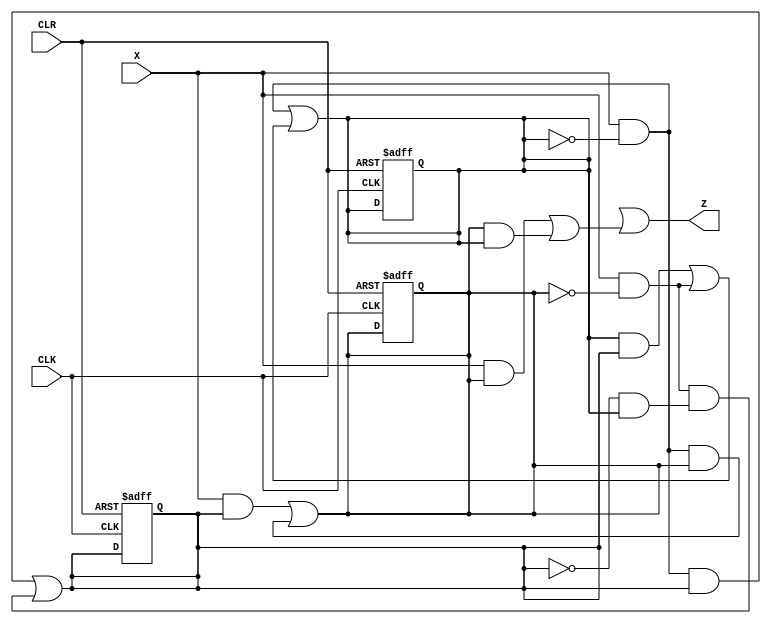
module HW1_recognize_dataflow(Z, X, CLK, CLR);

input X, CLK, CLR;
output Z;
reg Q2, Q1, Q0;
wire not_q0, not_q1, not_q2, not_x, w1, w2, w3, 
	w5, w6, w7, w8, w10, w11, w12, w13, w14, w15, w16;


always @ (posedge CLK, negedge CLR) begin

	if(CLR==0) begin

		Q2 = 0;
		Q1 = 0;
		Q0 = 0;
	end

end


assign not_q0 = ~Q0;
assign not_q1 = ~Q1;
assign not_q2 = ~Q2;
assign not_x = X;

assign w1 = X & Q1;		//D2
assign w2 = not_x & not_q0;
assign w3 = w2 & Q2;
assign Q2 = w1 | w3;

assign w5 = w2 & Q1;           //D1
assign w6 = X & not_q2;
assign w7 = not_q1 & Q0; 
assign w8 = w6 & w7; 
assign Q1 = w5 | w8;

assign w10 = Q0 & Q1;           //D0 
assign w11 = not_x & not_q2;
assign w12 = w10 | w11;
assign Q0 = w2 | w12; 

assign w13 = not_x & Q2; 	 //Z
assign w14 = Q2 & Q0;
assign W15 = X & w10;  
assign w16 = w13 | w14;
assign Z = w15 | w16;  

	



endmodule